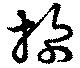
掬